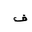
Letter: _fa